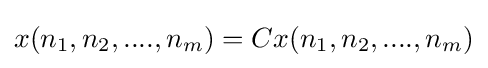
x(n_{1},n_{2},....,n_{m})=Cx(n_{1},n_{2},....,n_{m})